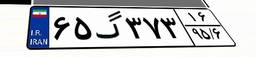
۶۵گ۳۷۳۱۶